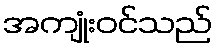
အကျုံးဝင်သည်